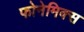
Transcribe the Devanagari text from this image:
फोनेमिक्स